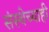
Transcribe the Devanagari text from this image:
संस्थेच्याही